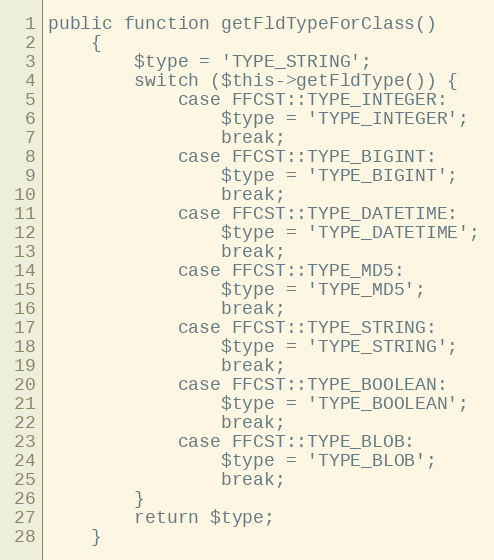
Language: PHP
public function getFldTypeForClass()
    {
        $type = 'TYPE_STRING';
        switch ($this->getFldType()) {
            case FFCST::TYPE_INTEGER:
                $type = 'TYPE_INTEGER';
                break;
            case FFCST::TYPE_BIGINT:
                $type = 'TYPE_BIGINT';
                break;
            case FFCST::TYPE_DATETIME:
                $type = 'TYPE_DATETIME';
                break;
            case FFCST::TYPE_MD5:
                $type = 'TYPE_MD5';
                break;
            case FFCST::TYPE_STRING:
                $type = 'TYPE_STRING';
                break;
            case FFCST::TYPE_BOOLEAN:
                $type = 'TYPE_BOOLEAN';
                break;
            case FFCST::TYPE_BLOB:
                $type = 'TYPE_BLOB';
                break;
        }
        return $type;
    }